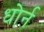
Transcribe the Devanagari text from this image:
धोर्न